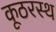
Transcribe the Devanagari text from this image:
कूठरस्थ